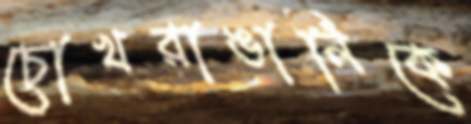
চোখরাঙানিকে